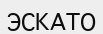
ЭСКАТО